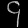
Digit: ၄